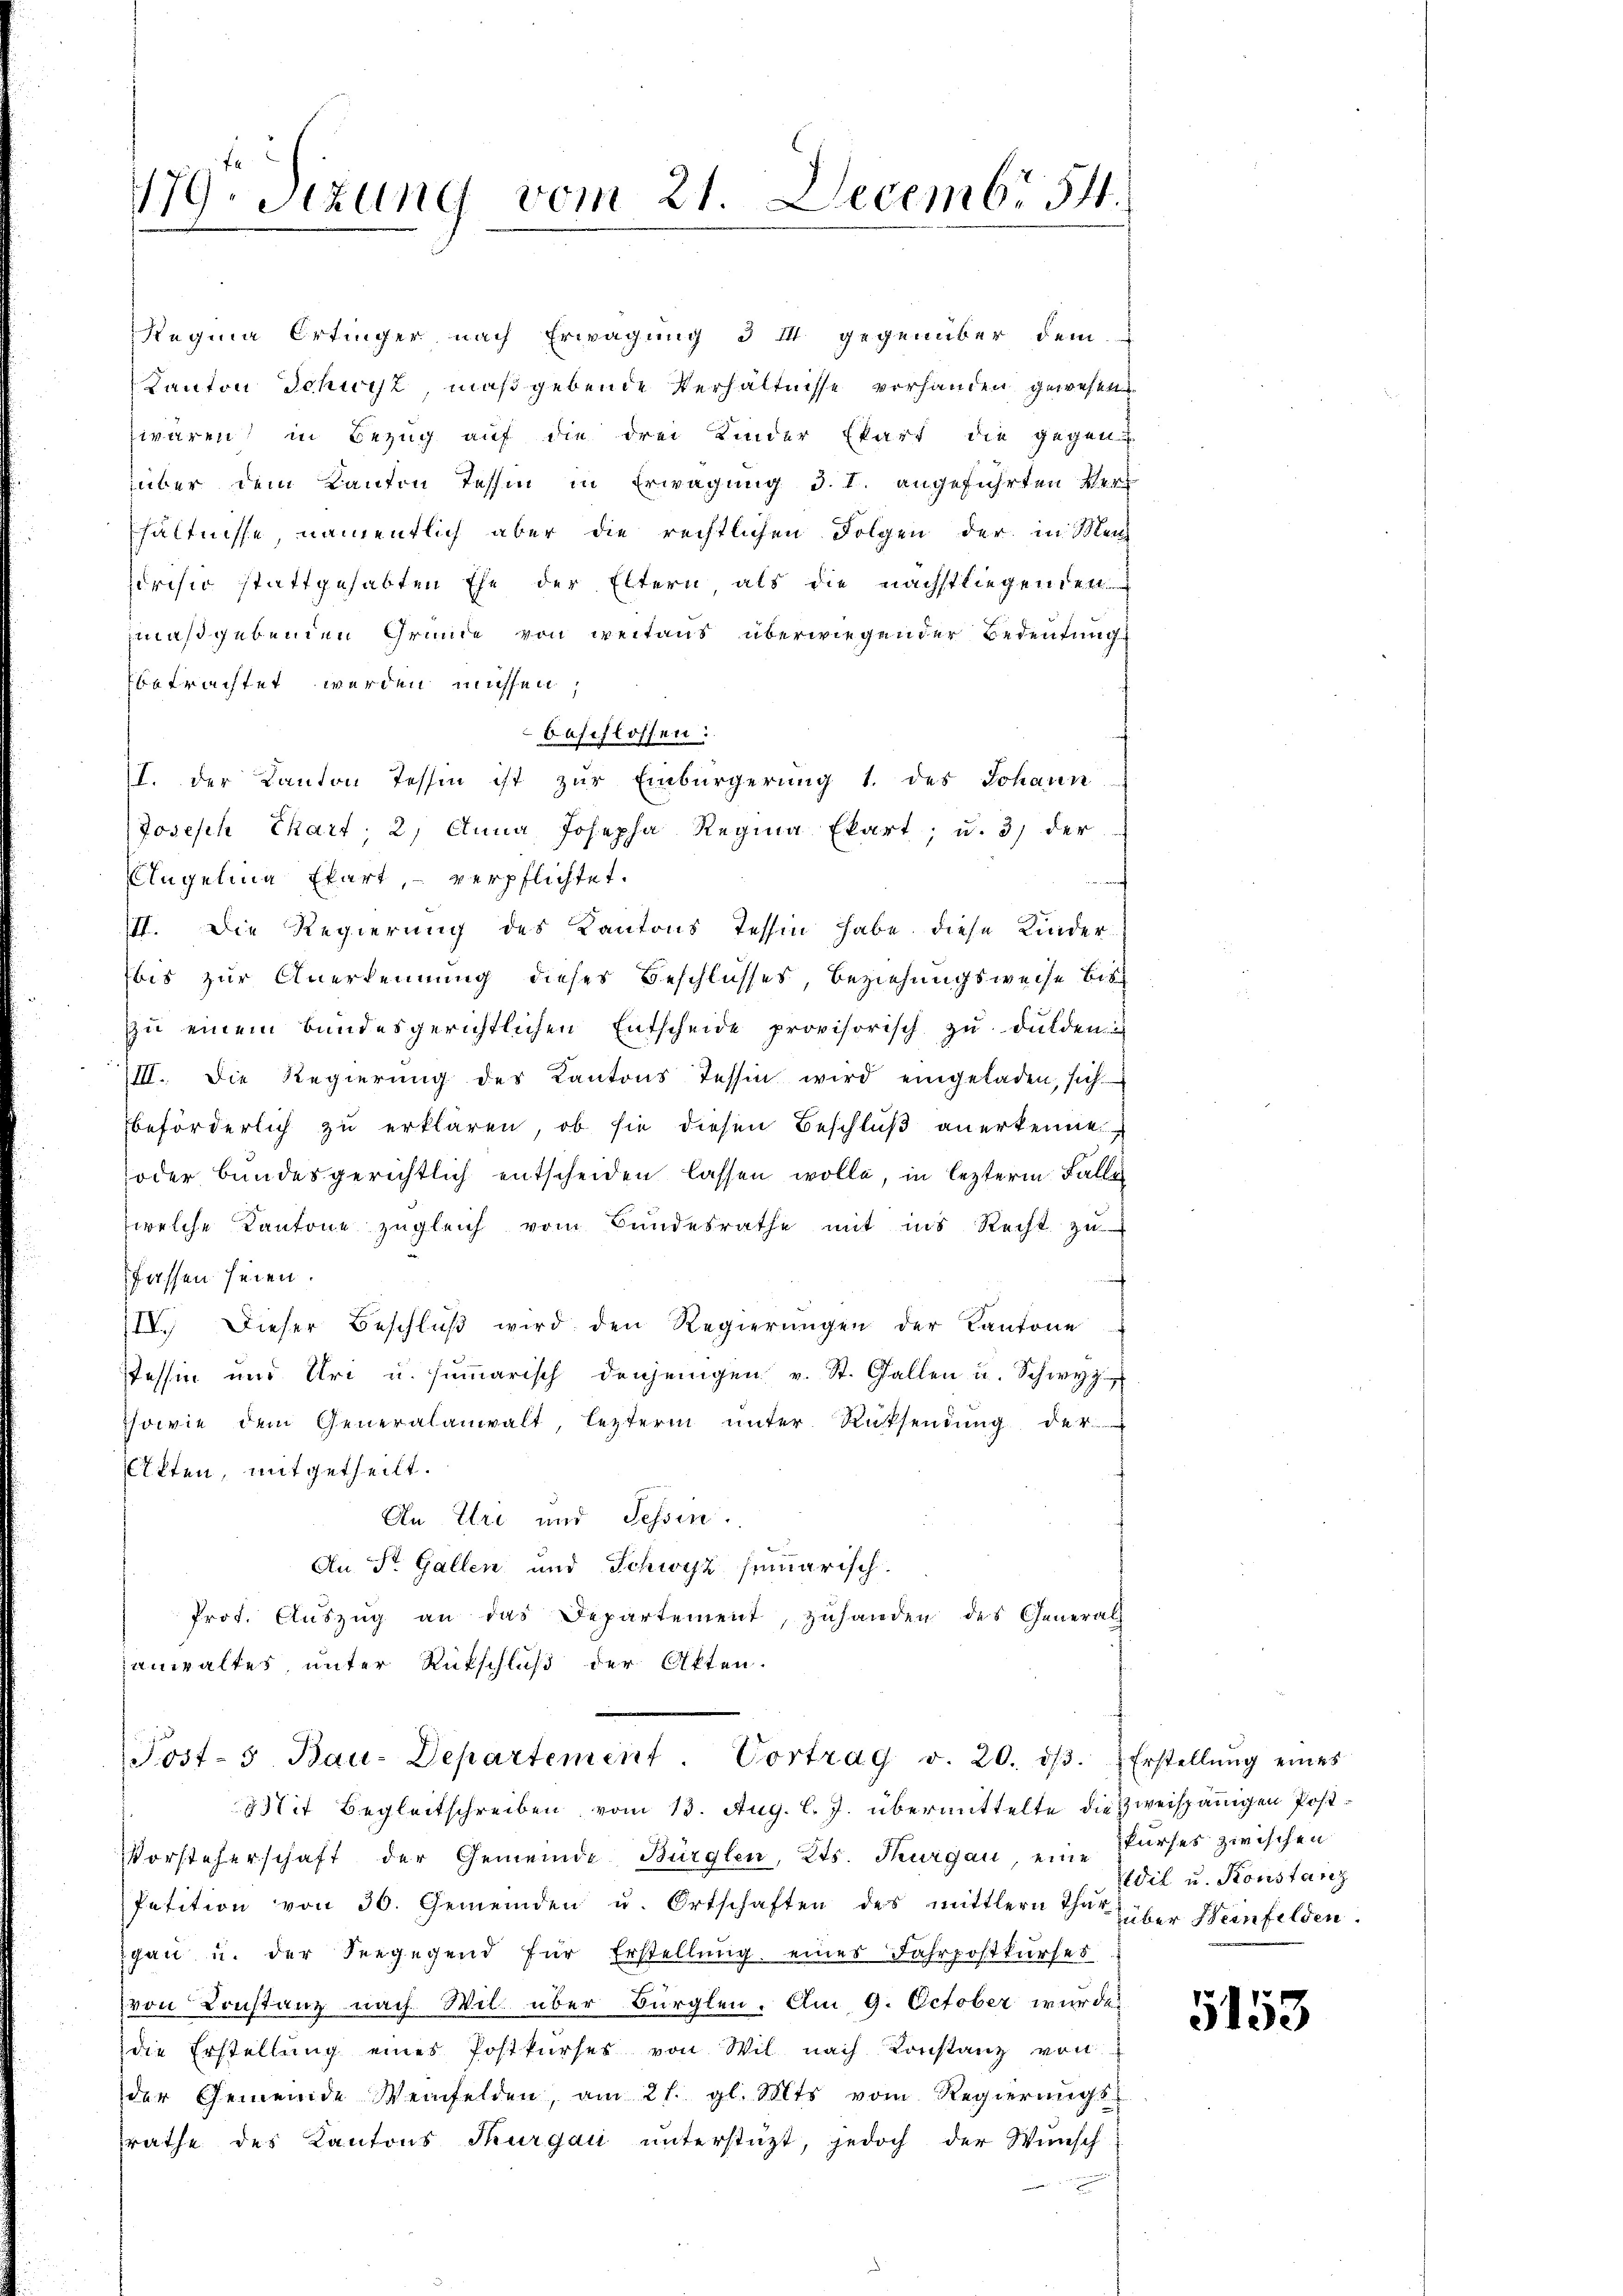
179. Sitzung vom 21. Decemb. 54.

Regina Ortinger nach Erwägung § I gegenüber dem
Kanton Schwyz maßgebende Verhältnisse vorhanden gewesen
zwaren, in Bezug auf die drei Kinder Ekart die gegen
über dem Kanton Tessin in Erwägung d. 1. angeführten Verhältnisse, namentlich aber die rechtlichen Folgen der in Men
zircsio stattgehabten Ehe der Eltern, als die nachstliegenden
maßgebenden Gründe von weitaus überwiegender Bedeutung
betrachtet werden müssen,
beschlossen:
I. Der Kanton Tessin ist zur Einbürgerung 1. des Johann
Joseph Chart; 2. Anna Josepha Regina Ekart, u. 3) der
Angelina Egart, verpflichtet.
III. Die Regierung des Kantons Tessin habe diese Kinderbis zur Anerkennung dieses Beschlusses, Beziehungsweise bis
zŭ einem bundesgerichtlichen Entscheide provisorisch zu dulden
III. Die Regierŭng des Kantons Tessin wird eingeladen, sich
beförderlich zu erklären, ob sie diesen Beschluß anerkennt
oder bundesgerichtlich entscheiden lassen wolle, in lezterm Falle
welche Kantone zŭgleich vom Bundesrathe mit ins Recht zŭ
fassen seien.
IIV. Dieser Beschlŭβ wird den Regierŭngen der Kantone
Tessin und Uri u. sŭṁarisch denjenigen v. St. Gallen u. Schwyz
sowie dem Generalanwalt, lezterm ŭnter Rücksendŭng der
Akten, mitgetheilt.
An Uri und Tessin.
An St. Gallen und Schwyz summarisch.
Prot. Aŭszŭg an das Departement, zuhanden des General
anwaltes, unter Rückschluß der Akten.
Post- 3. Bau-Departement. Vortrag v. 20. dβ. Erstellŭng eines
8Mit Begleitschreiben vom 13. Aug. l. J. übermittelte die zweispänigen Post¬
Vorsteherschaft der Gemeinde Bürglen, Kts. Thurgau, eine Surses zwischen
Petition von 30. Gemeinden u. Ortschaften des mittlern That über Heinfelden.
gan u. der Seegegend für Erstellung eines Fahrpostkurses
von Konstanz nach Will über Bürglen. Am 9. October wurde
die Erstellŭng eines Postkŭrses von Wil nach Konstanz von
der Gemeinde Weinfelden, am 21. gl. Mts vom Regierungs-
rathe des Kantons Thurgau unterstüzt, jedoch der Wunsch

Zdil u. Konstanz

5153